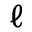
\ell